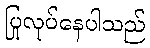
ပြုလုပ်နေပါသည်